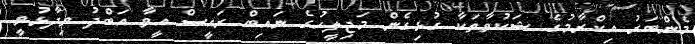
މެންބަރު އިކްރާމުގެ ޝަކުވާތަކާ ގުޅިގެން މަޖިލީހުގެ ނައިބް ރައީސް އީވާ އަބްދު ވިދާޅުވީ